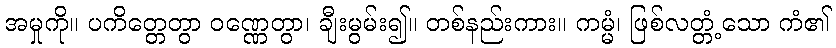
အမှုကို။ ပကိတ္တေတွာ ဝဏ္ဏေတွာ၊ ချီးမွမ်း၍။ တစ်နည်းကား။ ကမ္မံ၊ ဖြစ်လတ္တံ့သော ကံ၏